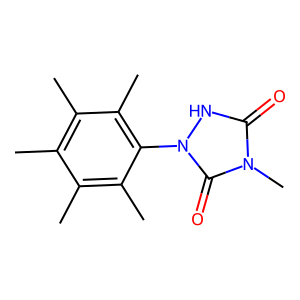
SMILES: Cc1c(C)c(C)c(-n2[nH]c(=O)n(C)c2=O)c(C)c1C
Inhibits HIV replication: No